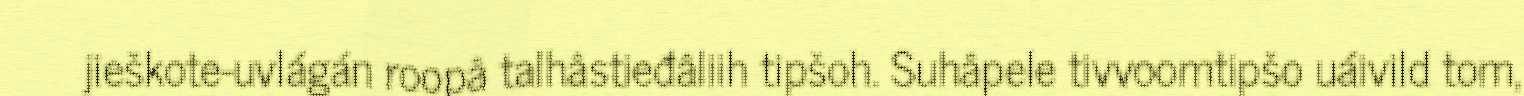
jieškote-uvlágán roopâ talhâstieđâliih tipšoh. Suhâpele tivvoomtipšo uáivild tom,